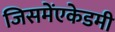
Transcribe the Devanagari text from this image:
जिसमेंएकेडमी